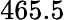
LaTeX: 465.5